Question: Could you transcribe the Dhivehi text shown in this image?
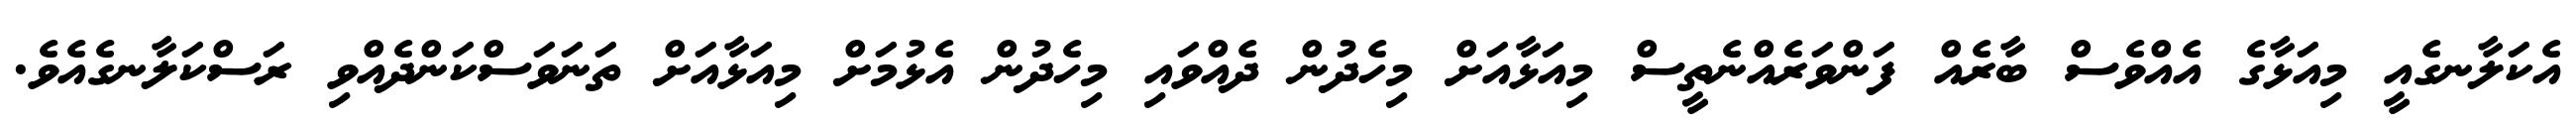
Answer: އެކަލާނގެއީ މިއަޅާގެ އެއްވެސް ބާރެއް ފަންވަރެއްނެތީސް މިއަޅާއަށް މިހެދުން ދެއްވައި މިހެދުން އެޅުމަށް މިއަޅާއަށް ތަނަވަސްކަންދެއްވި ރަސްކަލާނގެއެވެ.